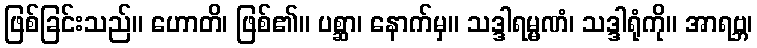
ဖြစ်ခြင်းသည်။ ဟောတိ၊ ဖြစ်၏။ ပစ္ဆာ၊ နောက်မှ။ သဒ္ဒါရမ္မဏံ၊ သဒ္ဒါရုံကို။ အာရဗ္ဘ၊